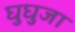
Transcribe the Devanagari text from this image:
घुघुजा